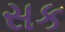
સક